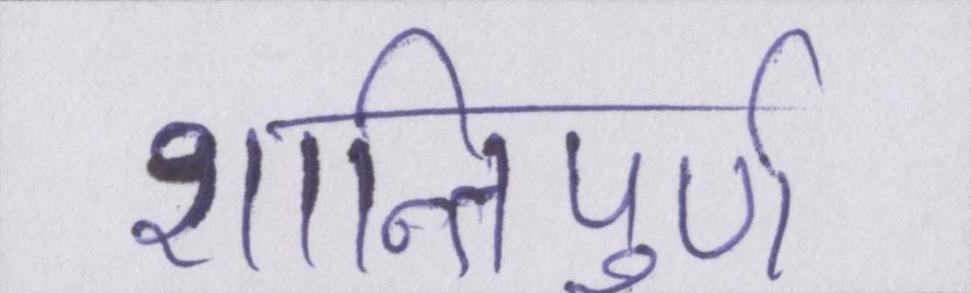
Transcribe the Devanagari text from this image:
शान्तिपूर्ण